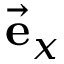
\vec { \mathbf { e } } _ { x }